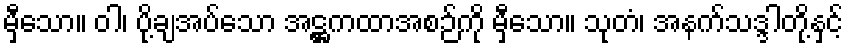
မှီသော။ ဝါ၊ ပို့ချအပ်သော အဋ္ဌကထာအစဉ်ကို မှီသော။ သုတံ၊ အနက်သဒ္ဒါတို့နှင့်